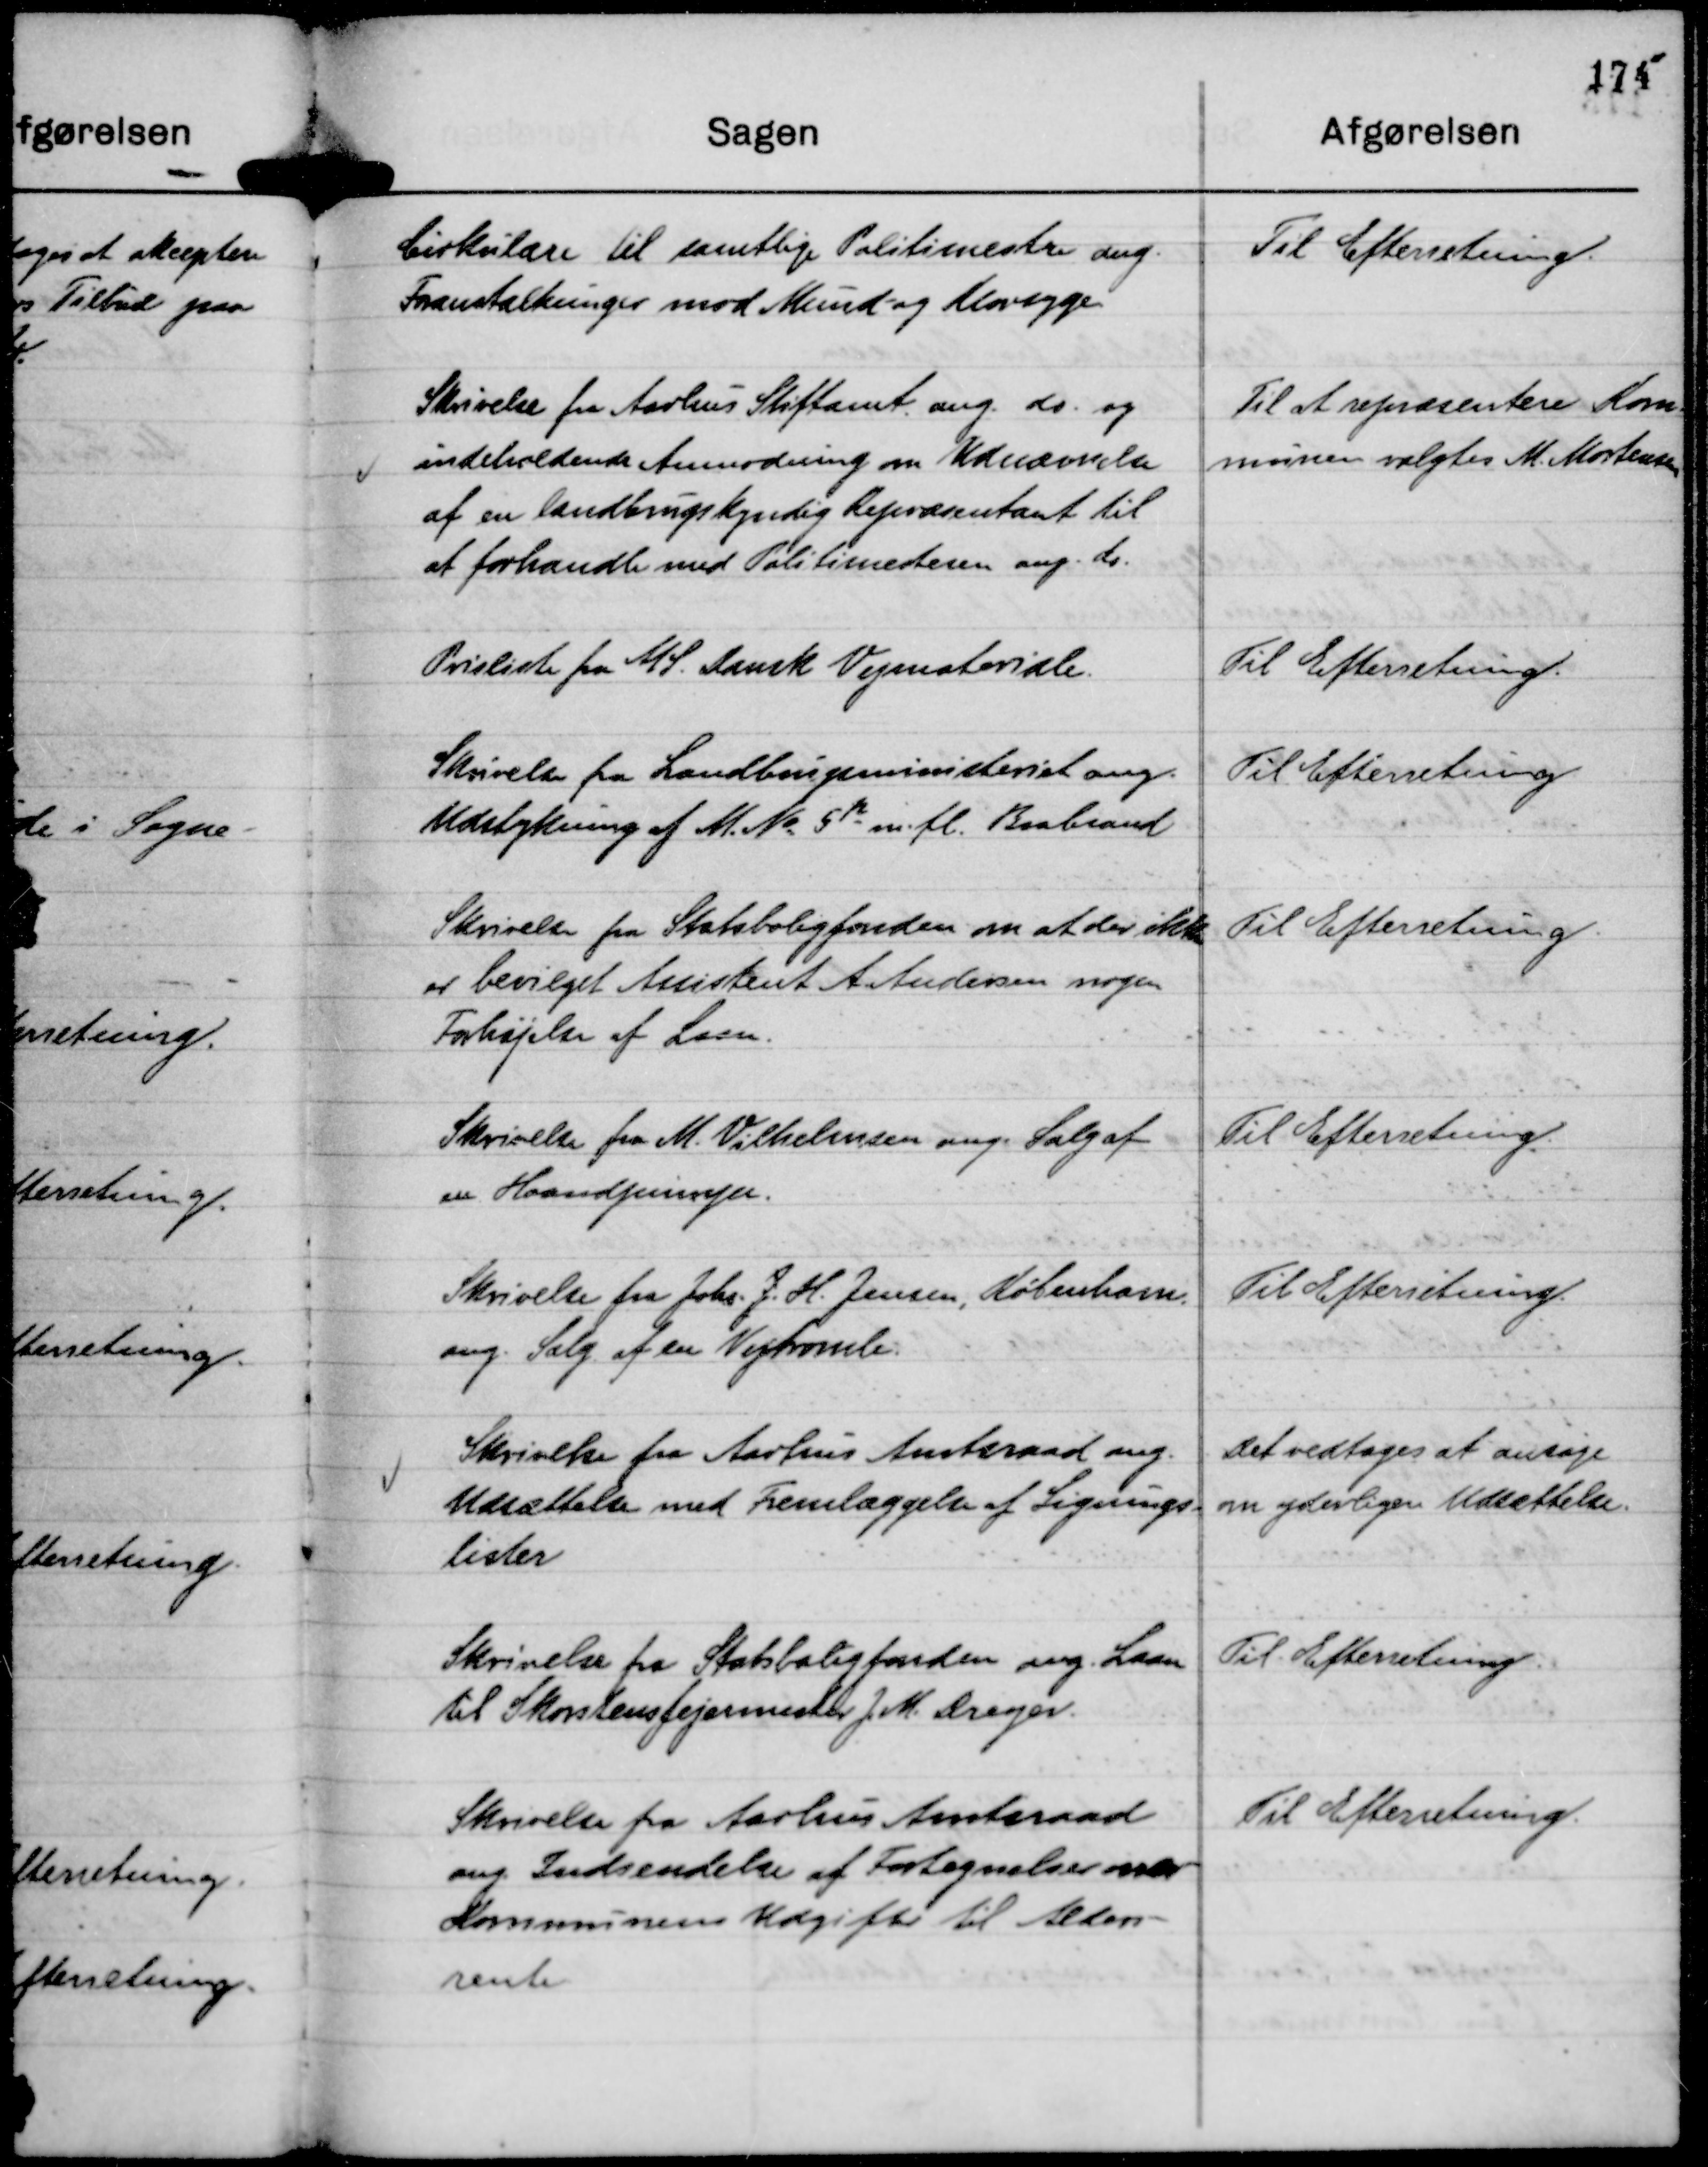
Transskription:
Cirkulære til samtlige Politimestre ang.
Foranstaltninger mod Mund- og Klovsyge.

Til Efterretning.

Skrivelse fra Aarhus Stiftamt ang. do. og
indeholdende Anmodning om Udnævnelse
af en landbrugskyndig Repræsentant til
at forhandle med Politimesteren ang. do.

Til at repræsentere Kom-
munen valgtes M. Mortensen

Prisliste fra A/S. Dansk Vejmateriale.

Til Efterretning.

Skrivelse fra Landbrugsministeriet ang.
Udstykning af M. No 5 k m. fl. Brabrand

Til Efterretning

Skrivelse fra Statsboligfonden om at der ikke
er bevilget Assistent A Andersen nogen
Forhøjelse af Laan.

Til Efterretning.

Skrivelse fra M. Vilhelmsen ang. Salg af
en Haandpumpe.

Til Efterretning.

Skrivelse fra Johs. J. H. Jensen, København,
ang. Salg af en Vejtromle.

Til Efterretning.

Skrivelse fra Aarhus Amtsraad ang.
Udsættelse med Fremlæggelse af Lignings-
lister

Det vedtages at ansøge
om yderligere Udsættelse.

Skrivelse fra Statsboligfonden ang. Laan
til Skorstensfejermester J M. Dreyer.

Til Efterretning.

Skrivelse fra Aarhus Amtsraad
ang Indsendelse af Fortegnelser vedr
Kommunens Udgifter til Alders-
rente

Til Efterretning.